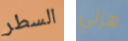
السطر هزلي